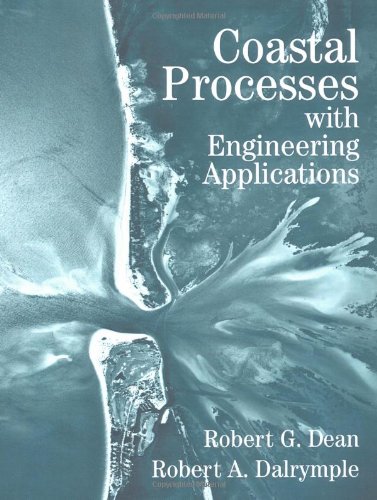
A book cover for Coastal Processes with Engineering Applications; Robert G. Dean; Engineering & Transportation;